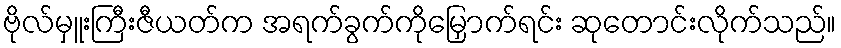
ဗိုလ်မှူးကြီးဇီယတ်က အရက်ခွက်ကိုမြှောက်ရင်း ဆုတောင်းလိုက်သည်။